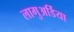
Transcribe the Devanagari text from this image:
लागुअर्डिया